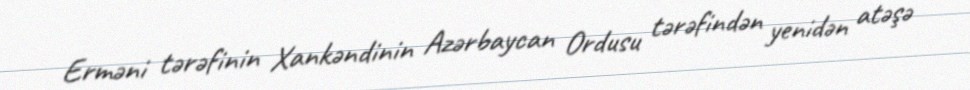
Erməni tərəfinin Xankəndinin Azərbaycan Ordusu tərəfindən yenidən atəşə